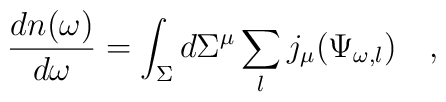
{dn(\omega)  \over d\omega}=\int_{\Sigma} d\Sigma^\mu \sum_l j_\mu(\Psi_{\omega,l})~~~,